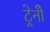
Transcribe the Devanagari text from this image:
ट्रेनोँ